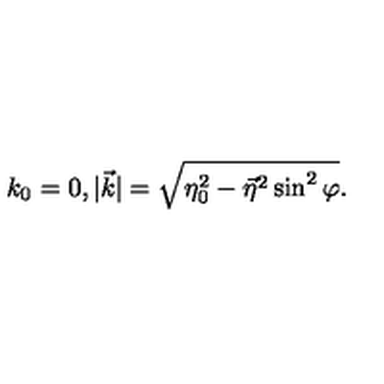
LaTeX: k _ { 0 } = 0 , | \vec { k } | = \sqrt { \eta _ { 0 } ^ { 2 } - { \vec { \eta } } ^ { 2 } \sin ^ { 2 } \varphi } .